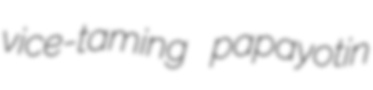
vice-taming papayotin